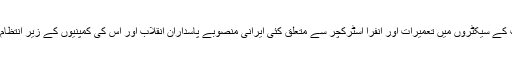
ادھر توانائی ، ٹیلی کمیونی کیشن اور مواصلات کے سیکٹروں میں تعمیرات اور انفرا اسٹرکچر سے متعلق کئی ایرانی منصوبے پاسداران انقلاب اور اس کی کمپنیوں کے زیر انتظام مرکز "خاتم الانبیاء4 " کے حوالے کیے گئے۔